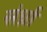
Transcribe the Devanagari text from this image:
संर्ध्रा